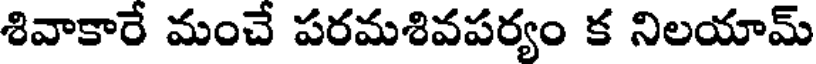
శివాకారే మంచే పరమశివపర్యం క నిలయామ్